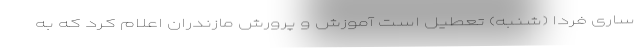
ساری فردا (شنبه) تعطیل است آموزش و پرورش مازندران اعلام کرد که به